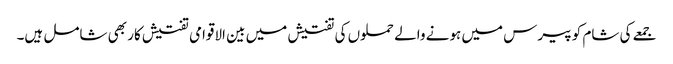
جمعے کی شام کو پیرس میں ہونے والے حملوں کی تفتیش میں بین الاقوامی تفتیش کار بھی شامل ہیں۔